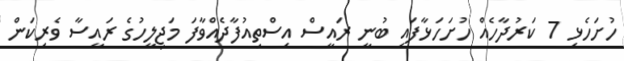
ހުށަހެޅި 7 ކަރުދާހެއް ހުށަހަޅާފައި ބުނީ ރައީސް އިސްތިއުފާދެއްވާފަ މަޖިލީހުގެ ރައީސާ ވެރިކަން